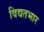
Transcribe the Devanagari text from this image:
विद्यतभार